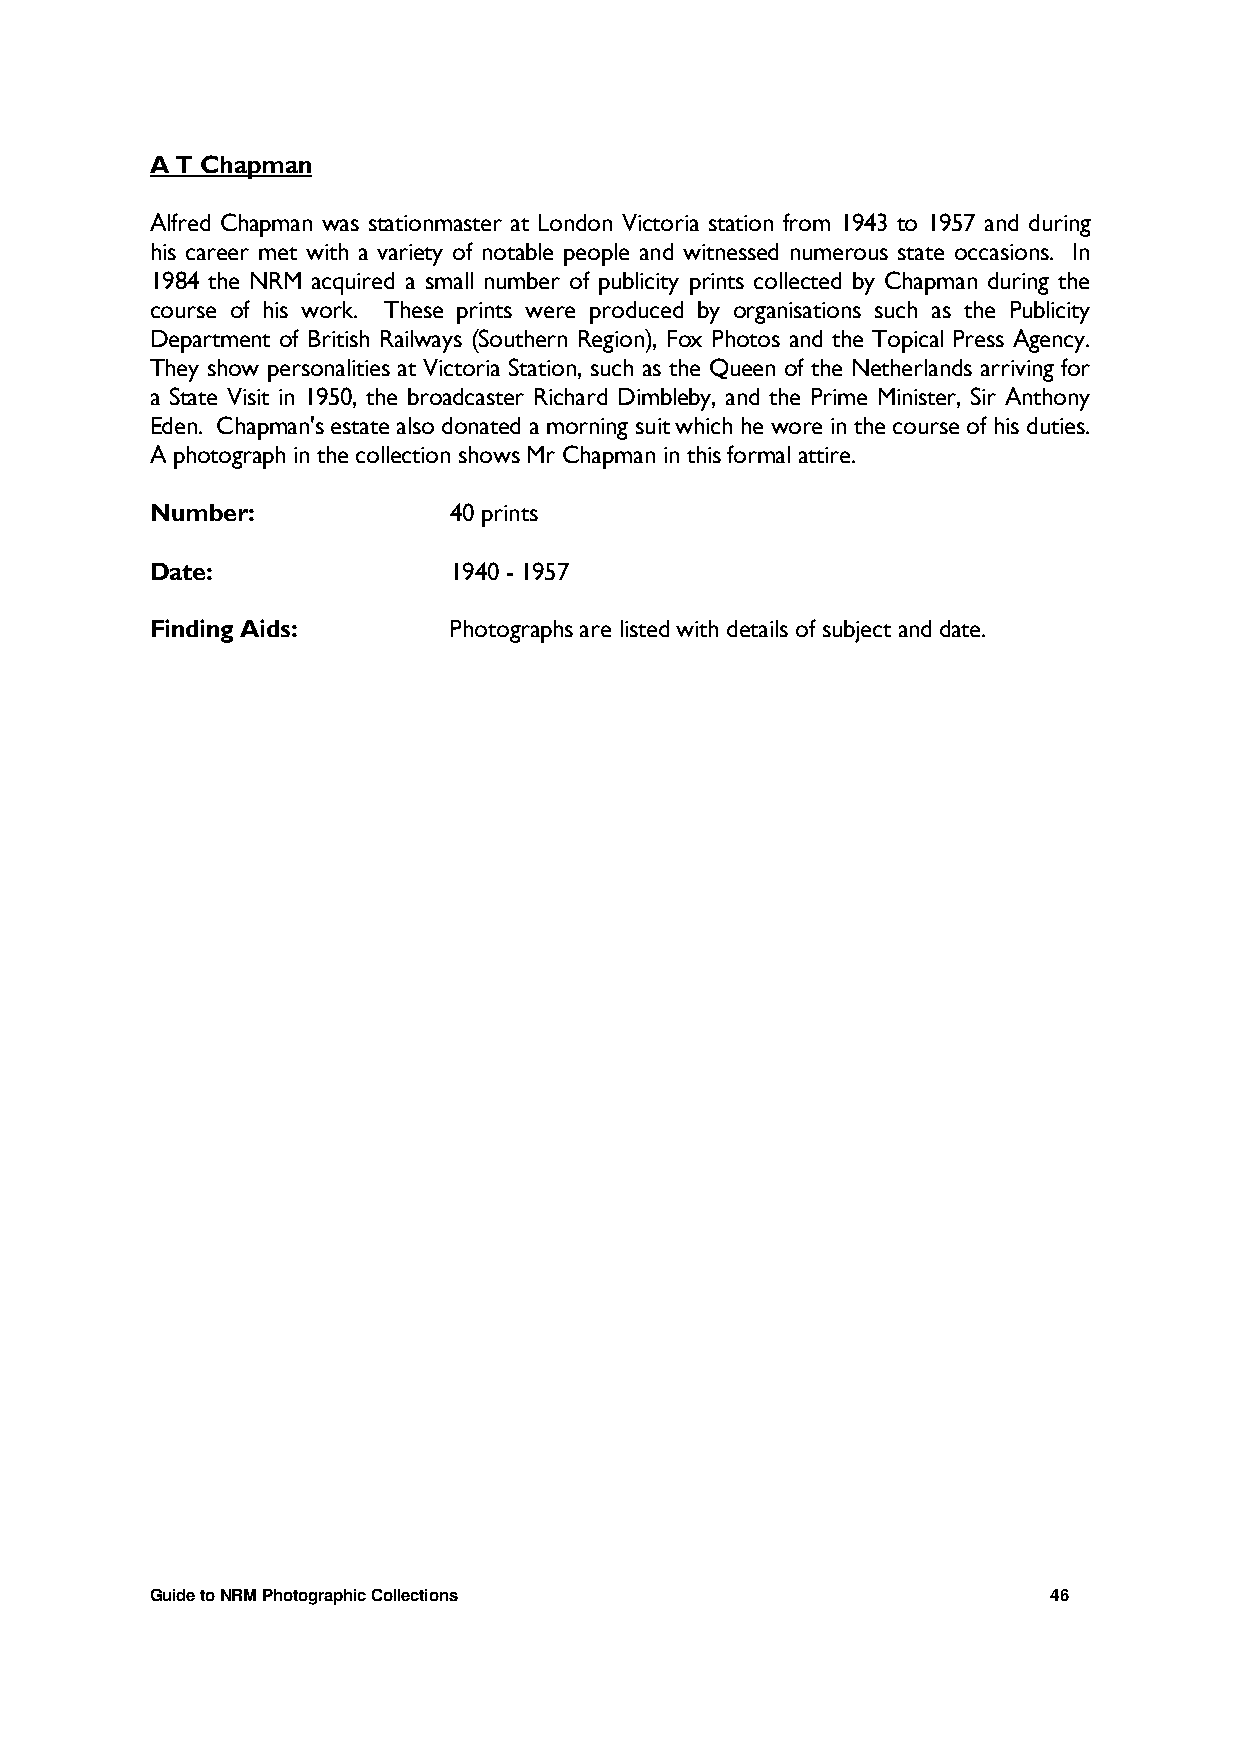
A T Chapman
 Alfred Chapman was stationmaster at London Victoria station from 1943 to 1957 and during
 his career met with a variety of notable people and witnessed numerous state occasions. In
 1984 the NRM acquired a small number of publicity prints collected by Chapman during the
 course of his work. These prints were produced by organisations such as the Publicity
 Department of British Railways (Southern Region), Fox Photos and the Topical Press Agency.
 They show personalities at Victoria Station, such as the Queen of the Netherlands arriving for
 a State Visit in 1950, the broadcaster Richard Dimbleby, and the Prime Minister, Sir Anthony
 Eden. Chapman's estate also donated a morning suit which he wore in the course of his duties.
 A photograph in the collection shows Mr Chapman in this formal attire.
 Number:             40 prints
 Date:               1940 - 1957
 Finding Aids:       Photographs are listed with details of subject and date.
 Guide to NRM Photographic Collections                       46